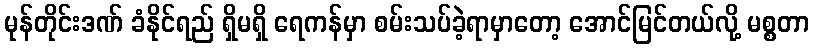
မုန်တိုင်းဒဏ် ခံနိုင်ရည် ရှိမရှိ ရေကန်မှာ စမ်းသပ်ခဲ့ရာမှာတော့ အောင်မြင်တယ်လို့ မစ္စတာ